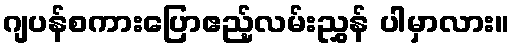
ဂျပန်စကားပြောဧည့်လမ်းညွှန် ပါမှာလား။